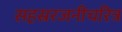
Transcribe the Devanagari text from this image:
सहस्ररजनीचरित्र